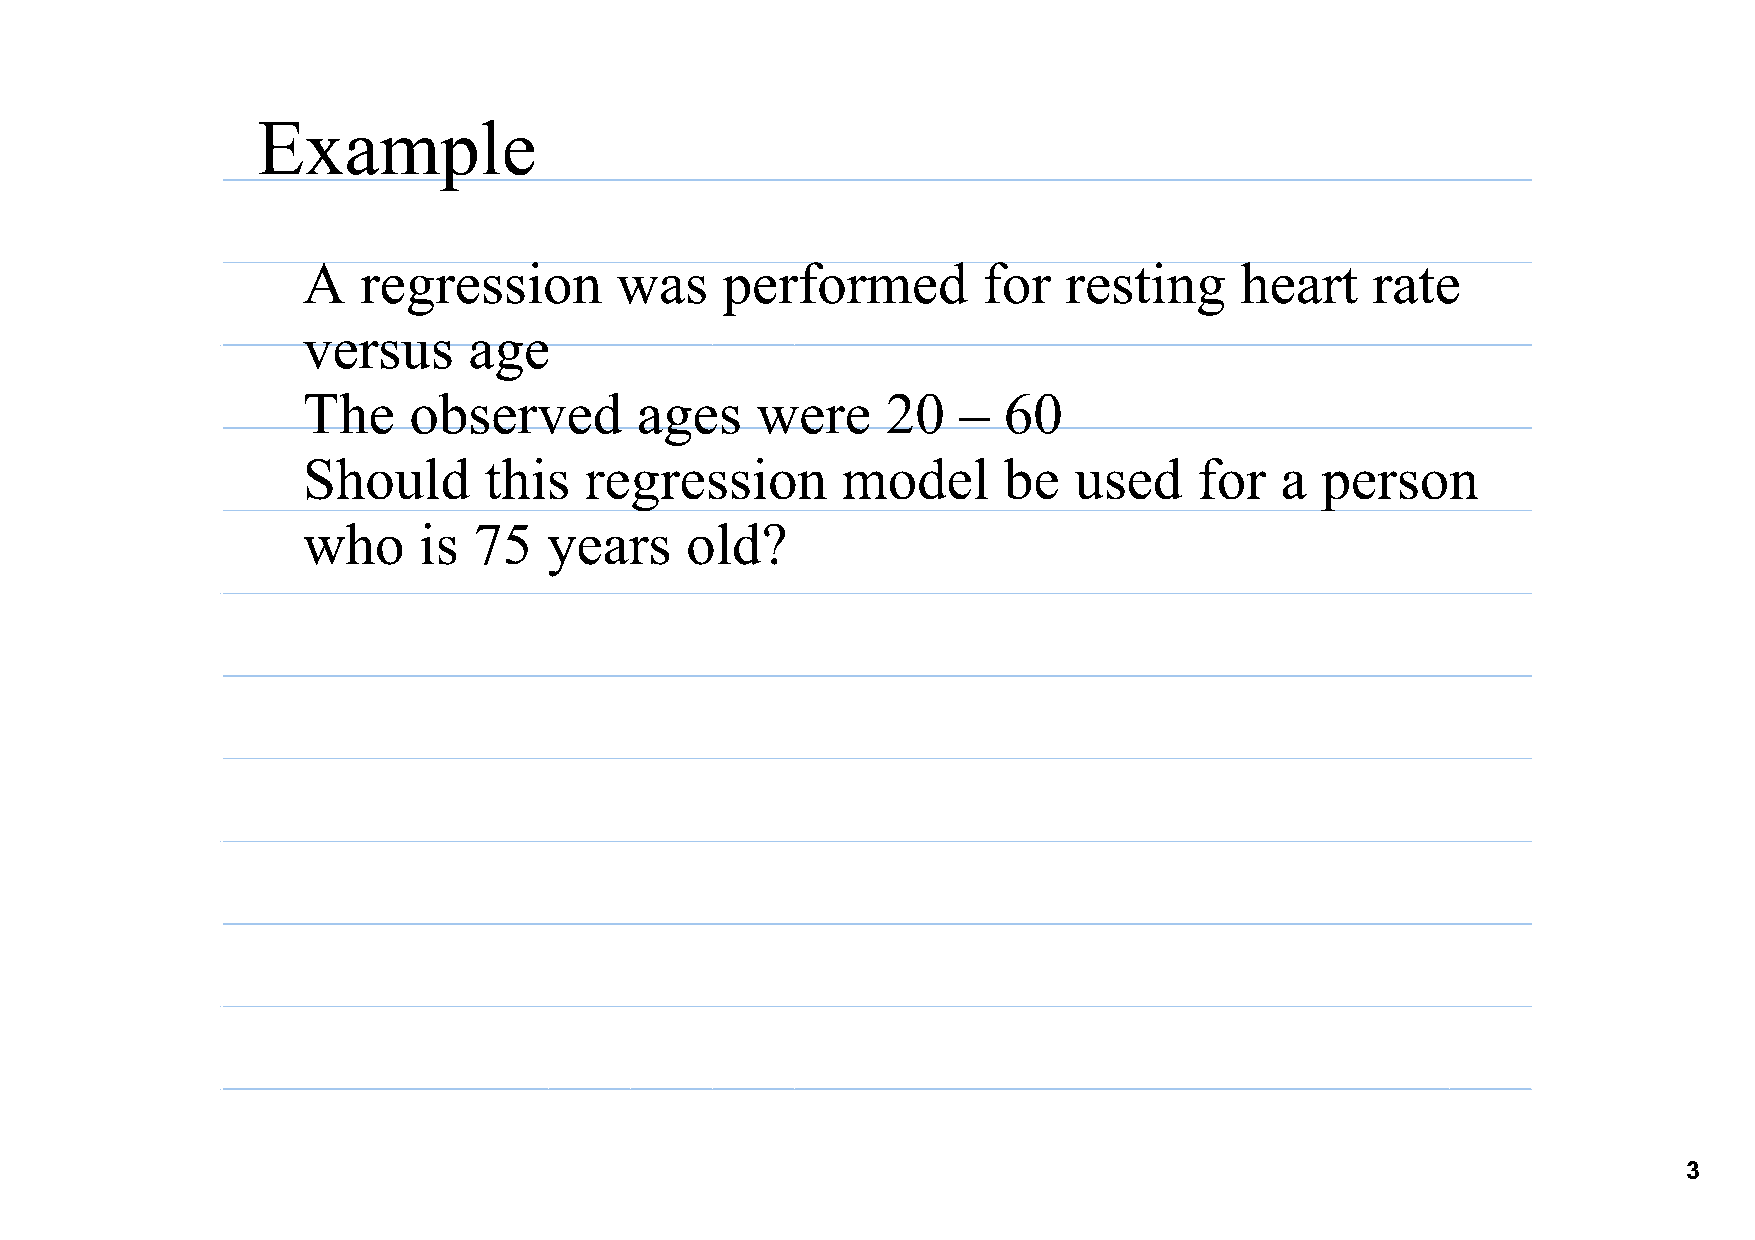
Example
 A   regression       was    performed        for   resting    heart    rate
 versus     age
 The    observed       ages    were     20  –  60
 Should      this   regression       model     be   used    for   a person
 who     is 75   years    old?
 3